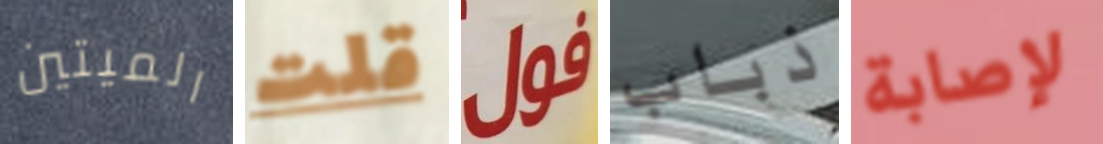
الميتين قلت فول ذباب لإصابة